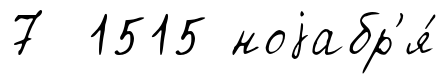
7 1515 ноjабр'я́